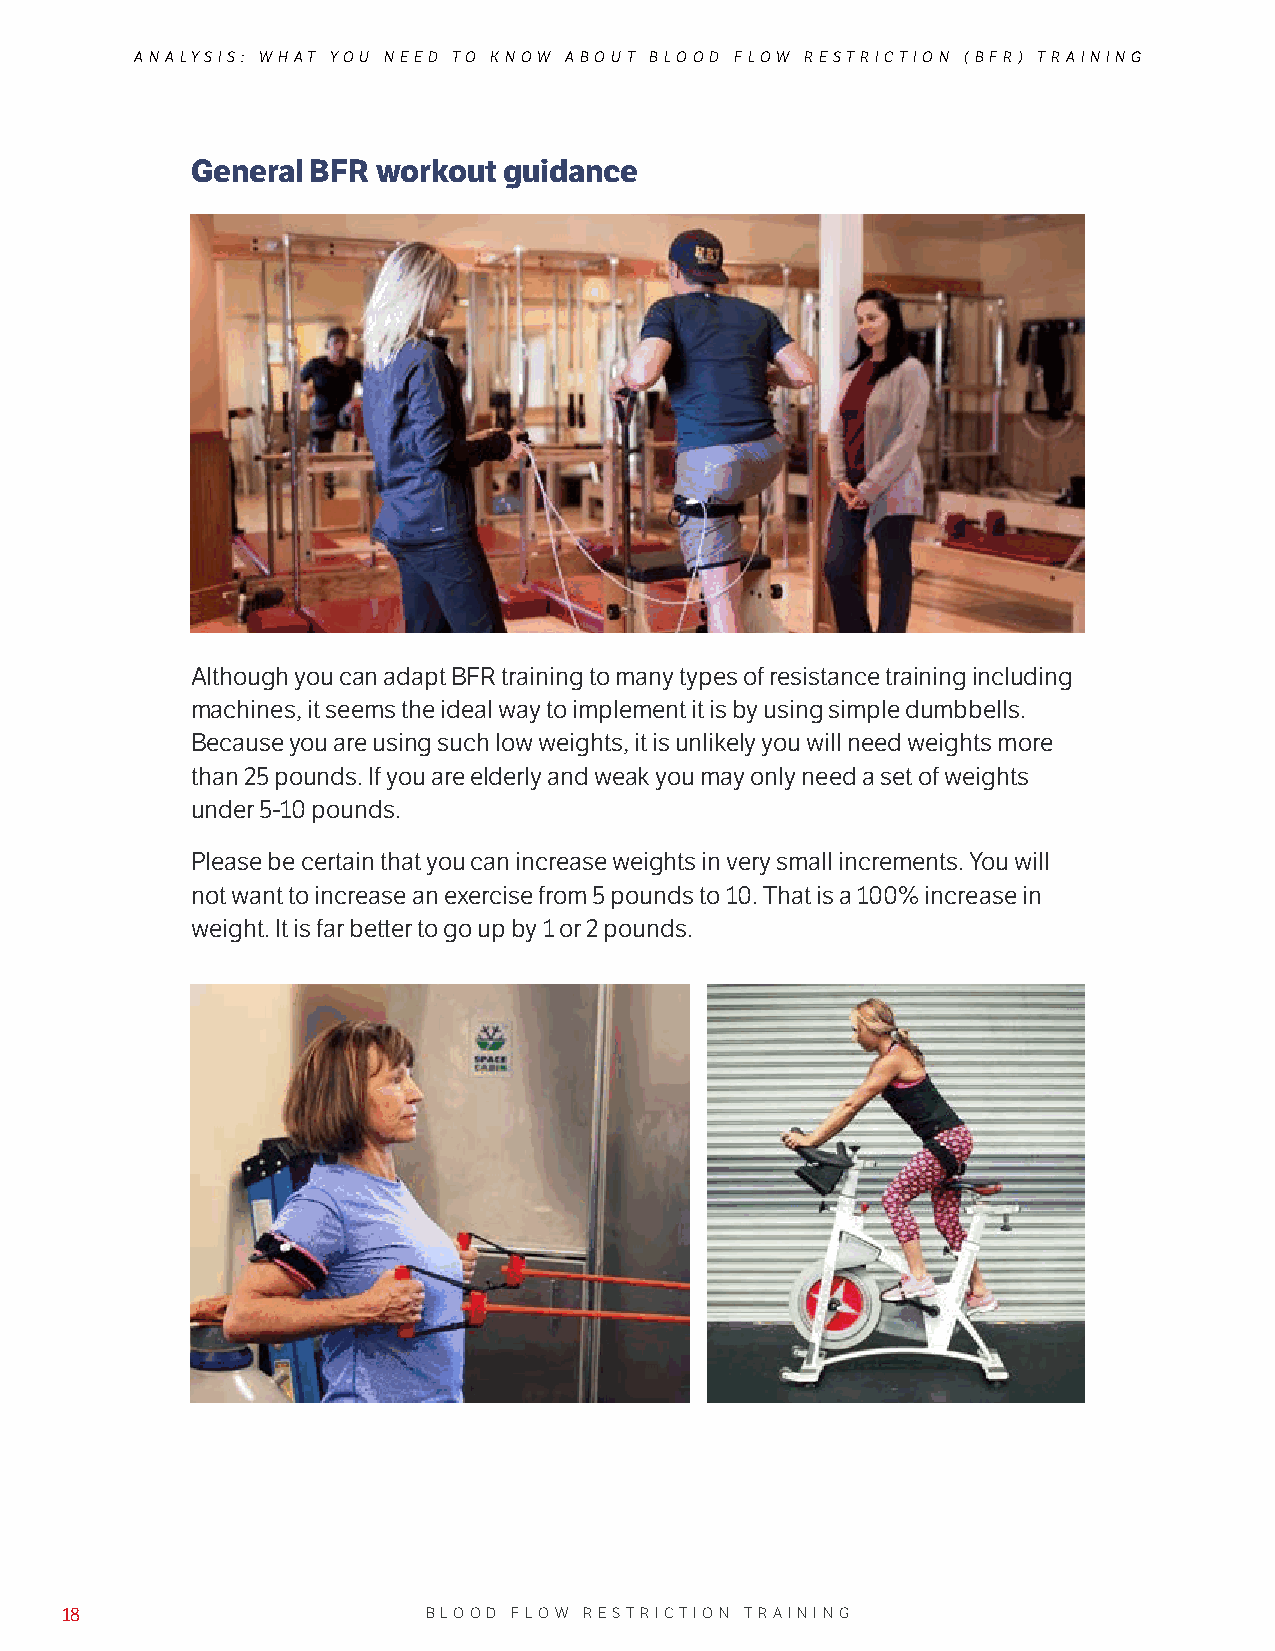
ANALYSIS: WHAT YOU NEED TO KNOW ABOUT BLOOD FLOW RESTRICTION (BFR) TRAINING
 General BFR workout guidance
 Although you can adapt BFR training to many types of resistance training including
 machines, it seems the ideal way to implement it is by using simple dumbbells.
 Because you are using such low weights, it is unlikely you will need weights more
 than 25 pounds. If you are elderly and weak you may only need a set of weights
 under 5-10 pounds.
 Please be certain that you can increase weights in very small increments. You will
 not want to increase an exercise from 5 pounds to 10. That is a 100% increase in
 weight. It is far better to go up by 1 or 2 pounds.
 18                      BLOOD FLOW RESTRICTION TRAINING